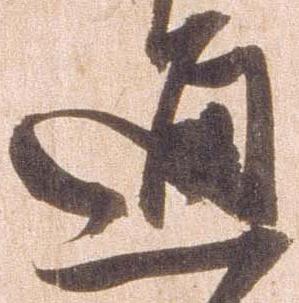
通